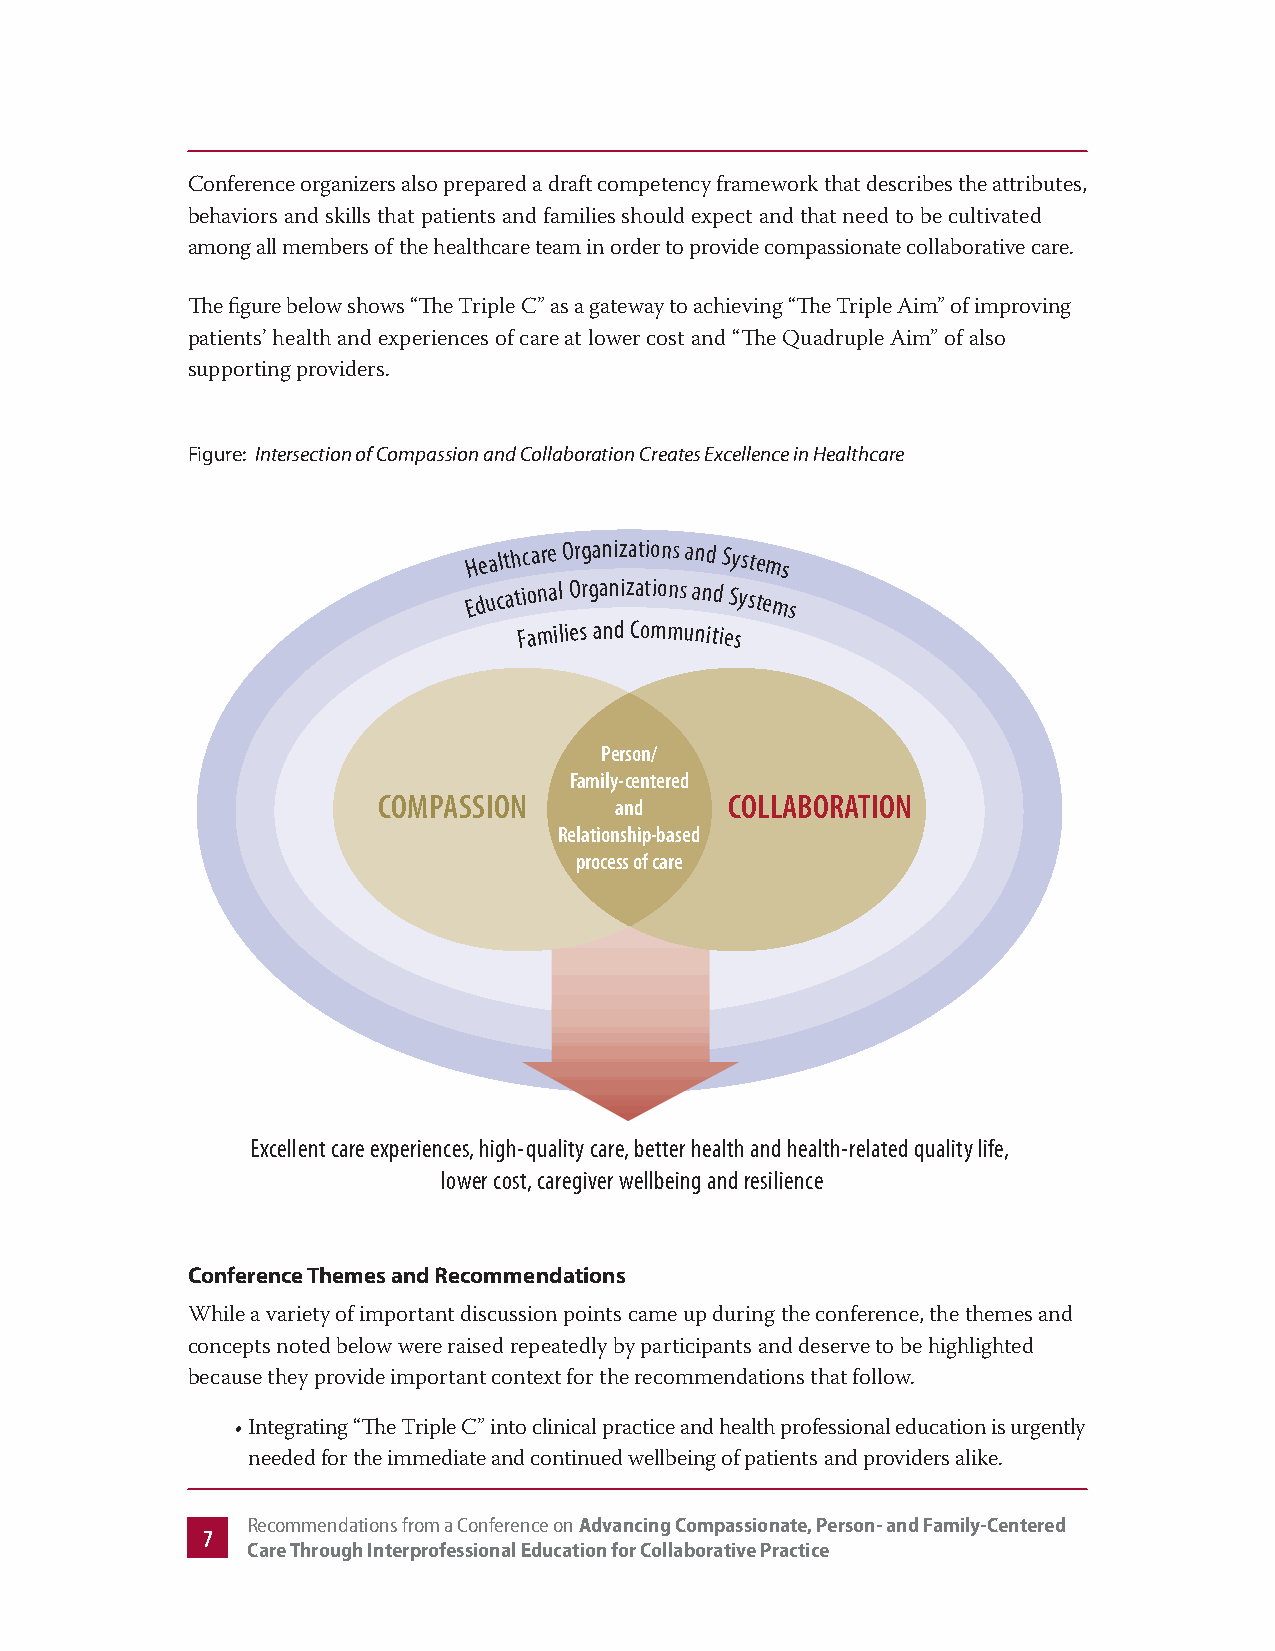
Conference organizers also prepared a draft competency framework that describes the attributes,
 behaviors and skills that patients and families should expect and that need to be cultivated
 among all members of the healthcare team in order to provide compassionate collaborative care.
 The figure below shows “The Triple C” as a gateway to achieving “The Triple Aim” of improving
 patients’ health and experiences of care at lower cost and “The Quadruple Aim” of also
 supporting providers.
 Figure: Intersection of Compassion and Collaboration Creates Excellence in Healthcare
 H e
 althcare Organizations and Systems
 E d u cational Organizations and Systems
 Families and Communities
 Person/
 Family-centered
 COMPASSION      and    COLLABORATION
 Relationship-based
 process of care
 Excellent care experiences, high-quality care, better health and health-related quality life,
 lower cost, caregiver wellbeing and resilience
 Conference Themes and Recommendations
 While a variety of important discussion points came up during the conference, the themes and
 concepts noted below were raised repeatedly by participants and deserve to be highlighted
 because they provide important context for the recommendations that follow.
 • Integrating “The Triple C” into clinical practice and health professional education is urgently
 needed for the immediate and continued wellbeing of patients and providers alike.
 Recommendations from a Conference on Advancing Compassionate, Person- and Family-Centered
 7
 Care Through Interprofessional Education for Collaborative Practice